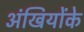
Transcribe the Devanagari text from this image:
अंखियोंके